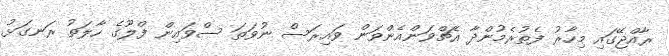
ރާއްޖޭގައި މިހާރު ފެތުރެމުންދާ އެޗްވަންއެންވަން ވައިރަސް ނުވަތަ ސްވައިން ފްލޫގެ ހާލަތު ރަނގަޅު